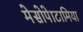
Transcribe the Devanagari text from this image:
मेसोपेाटामिया